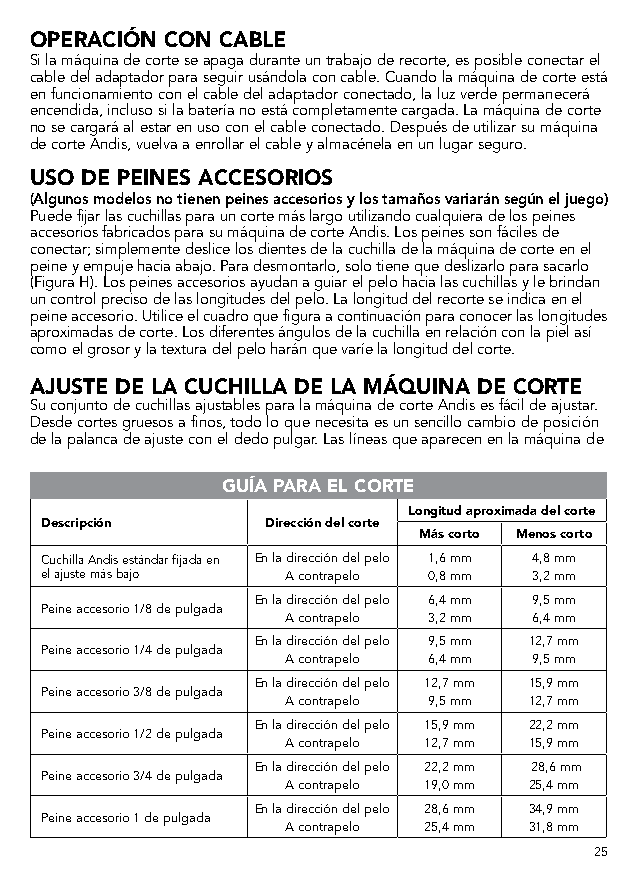
OPERACIÓN CON CABLE
 Si la máquina de corte se apaga durante un trabajo de recorte, es posible conectar el
 cable del adaptador para seguir usándola con cable. Cuando la máquina de corte está
 en funcionamiento con el cable del adaptador conectado, la luz verde permanecerá
 encendida, incluso si la batería no está completamente cargada. La máquina de corte
 no se cargará al estar en uso con el cable conectado. Después de utilizar su máquina
 de corte Andis, vuelva a enrollar el cable y almacénela en un lugar seguro.
 USO DE PEINES ACCESORIOS
 (Algunos modelos no tienen peines accesorios y los tamaños variarán según el juego)
 Puede fijar las cuchillas para un corte más largo utilizando cualquiera de los peines
 accesorios fabricados para su máquina de corte Andis. Los peines son fáciles de
 conectar; simplemente deslice los dientes de la cuchilla de la máquina de corte en el
 peine y empuje hacia abajo. Para desmontarlo, solo tiene que deslizarlo para sacarlo
 (Figura H). Los peines accesorios ayudan a guiar el pelo hacia las cuchillas y le brindan
 un control preciso de las longitudes del pelo. La longitud del recorte se indica en el
 peine accesorio. Utilice el cuadro que figura a continuación para conocer las longitudes
 aproximadas de corte. Los diferentes ángulos de la cuchilla en relación con la piel así
 como el grosor y la textura del pelo harán que varíe la longitud del corte.
 AJUSTE DE LA CUCHILLA DE LA MÁQUINA DE CORTE
 Su conjunto de cuchillas ajustables para la máquina de corte Andis es fácil de ajustar.
 Desde cortes gruesos a finos, todo lo que necesita es un sencillo cambio de posición
 de la palanca de ajuste con el dedo pulgar. Las líneas que aparecen en la máquina de
 GUÍA PARA EL CORTE
 Longitud aproximada del corte
 Descripción    Dirección del corte
 Más corto Menos corto
 Cuchilla Andis estándar fijada en En la dirección del pelo 1,6 mm 4,8 mm
 el ajuste más bajo A contrapelo 0,8 mm 3,2 mm
 En la dirección del pelo 6,4 mm 9,5 mm
 Peine accesorio 1/8 de pulgada
 A contrapelo 3,2 mm 6,4 mm
 En la dirección del pelo 9,5 mm 12,7 mm
 Peine accesorio 1/4 de pulgada
 A contrapelo 6,4 mm 9,5 mm
 En la dirección del pelo 12,7 mm 15,9 mm
 Peine accesorio 3/8 de pulgada
 A contrapelo 9,5 mm 12,7 mm
 En la dirección del pelo 15,9 mm 22,2 mm
 Peine accesorio 1/2 de pulgada
 A contrapelo 12,7 mm 15,9 mm
 En la dirección del pelo 22,2 mm 28,6 mm
 Peine accesorio 3/4 de pulgada
 A contrapelo 19,0 mm 25,4 mm
 En la dirección del pelo 28,6 mm 34,9 mm
 Peine accesorio 1 de pulgada
 A contrapelo 25,4 mm 31,8 mm
 25